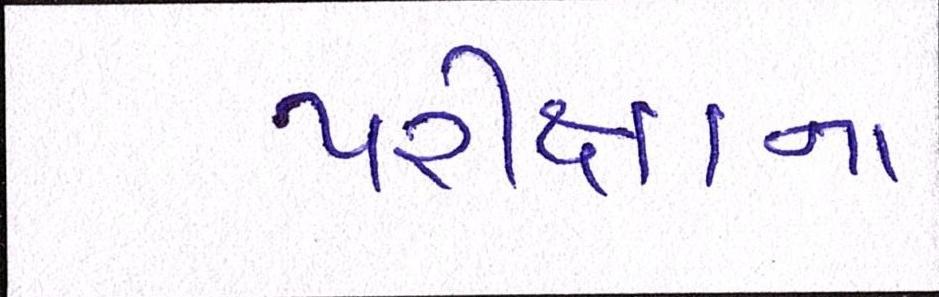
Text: પરીક્ષાના